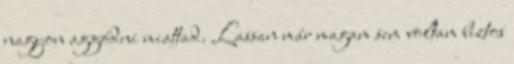
nagyon aggódni miattad. Lassan már magam sem voltam biztos